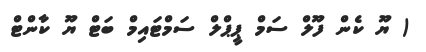
( ޔޫ ކެން ފޫލް ސަމް ޕީޕްލް ސަމްޓައިމް ބަޓް ޔޫ ކާންޓް